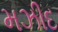
મઝીદ